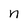
Character: n